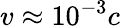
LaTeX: v\approx 10^{-3}c